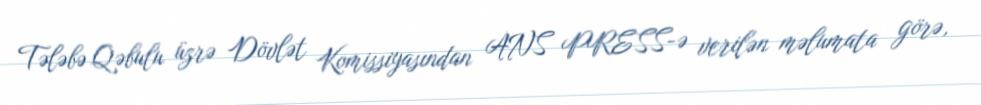
Tələbə Qəbulu üzrə Dövlət Komissiyasından ANS PRESS-ə verilən məlumata görə,